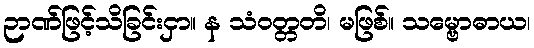
ဉာဏ်ဖြင့်သိခြင်းငှာ။ န သံဝတ္တတိ၊ မဖြစ်။ သမ္ဗောဓာယ၊